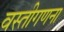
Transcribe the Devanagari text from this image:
वस्तीगणना